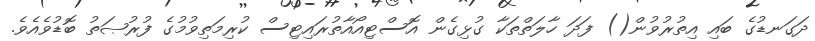
ދަގަނޑުގެ ބައި އިތުރުވުން() ފަދަ ހާލަތްތަކާ ގުޅިގެން އޮސްޓިއޯއާތުރައިޓިސް ކުރިމަތިވުމުގެ ފުރުޞަތު ބޮޑުވެއެވެ.